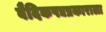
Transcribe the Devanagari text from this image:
वैदिकपद्यप्रकाराला